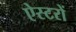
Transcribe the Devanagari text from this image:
ऐस्टरों